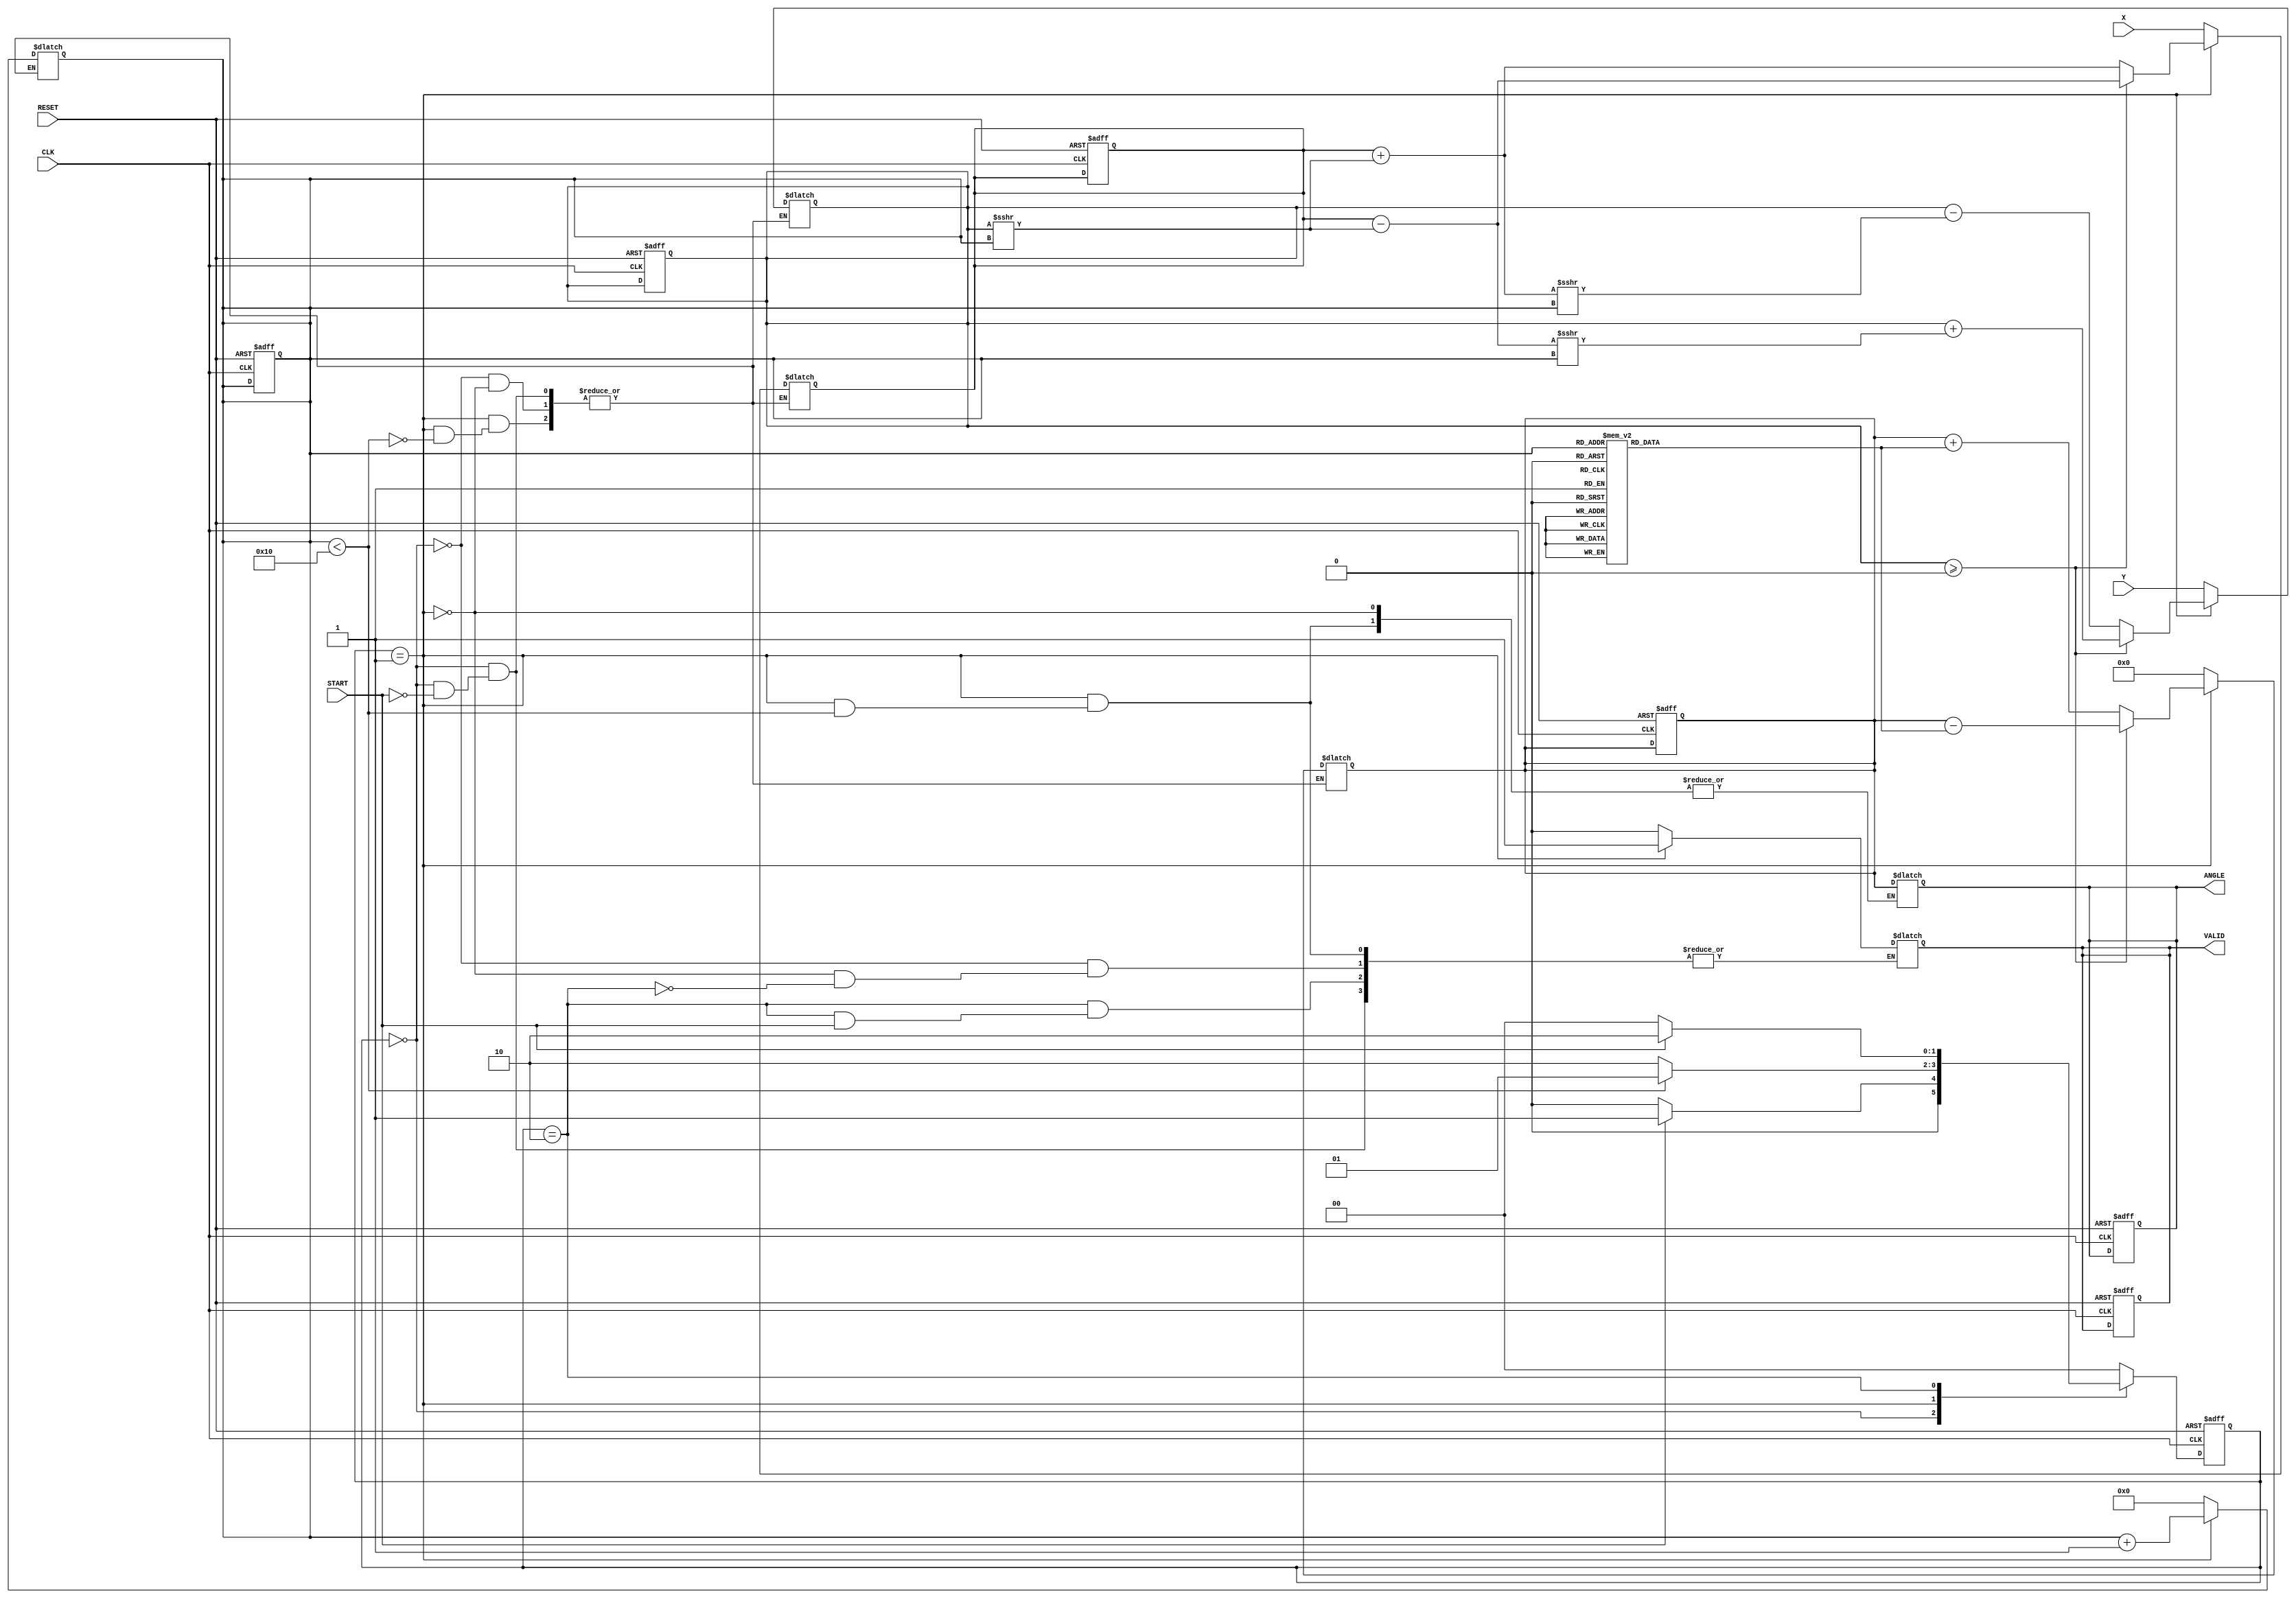
module vectoring_cordic (
    input signed [15:0] X,         // X coordinate input
    input signed [15:0] Y,         // Y coordinate input
    input CLK,                     // Clock signal
    input RESET,                   // Asynchronous reset
    input START,                   // Start signal
    output reg signed [15:0] ANGLE, // Computed angle output
    output reg VALID               // Valid output
);

    // Internal parameters
    parameter NUM_ITERATIONS = 16; // Number of iterations
    parameter FIXED_POINT_SCALE = 16; // Scale for fixed-point representation

    // Internal signals
    reg signed [15:0] X_reg, Y_reg;
    reg signed [15:0] Z; // Angle accumulator
    reg [3:0] iter;      // Iteration counter
    reg [1:0] state;     // State machine
    reg [1:0] next_state; // Next state for FSM

    // Precomputed arctan values
    reg signed [15:0] atan_table [0:NUM_ITERATIONS-1];
    
    initial begin
        // Initialize the arctan values (in fixed-point format)
        atan_table[0] = 16'h2000; // atan(1) = /4
        atan_table[1] = 16'h1333; // atan(0.5)
        atan_table[2] = 16'h0A3D; // atan(0.25)
        atan_table[3] = 16'h0519; // atan(0.125)
        atan_table[4] = 16'h028B; // atan(0.0625)
        atan_table[5] = 16'h0143; // atan(0.03125)
        // More values can be added for finer precision
        // ...
    end

    // State Machine Definitions
    localparam IDLE = 2'b00;
    localparam COMPUTE = 2'b01;
    localparam DONE = 2'b10;

    // State Machine
    always @(posedge CLK or posedge RESET) begin
        if (RESET) begin
            state <= IDLE;
            iter <= 0;
            X_reg <= 0;
            Y_reg <= 0;
            Z <= 0;
            VALID <= 0;
            ANGLE <= 0;
        end else begin
            state <= next_state;
        end
    end

    // Next state and output logic
    always @(*) begin
        case (state)
            IDLE: begin
                if (START) begin
                    X_reg = X;
                    Y_reg = Y;
                    Z = 0;
                    iter = 0;
                    VALID = 0;
                    next_state = COMPUTE;
                end else begin
                    next_state = IDLE;
                end
            end

            COMPUTE: begin
                if (iter < NUM_ITERATIONS) begin
                    if (Y_reg >= 0) begin
                        // Clockwise rotation
                        X_reg = X_reg - (Y_reg >>> iter);
                        Y_reg = Y_reg + (X_reg >>> iter);
                        Z = Z - atan_table[iter];
                    end else begin
                        // Counter-clockwise rotation
                        X_reg = X_reg + (Y_reg >>> iter);
                        Y_reg = Y_reg - (X_reg >>> iter);
                        Z = Z + atan_table[iter];
                    end
                    iter = iter + 1;
                    next_state = COMPUTE;
                end else begin
                    ANGLE = Z;  // Assign final angle
                    VALID = 1;  // Indicate completion
                    next_state = DONE;
                end
            end

            DONE: begin
                if (!START) begin
                    VALID = 0;  // Clear valid when not starting
                    next_state = IDLE;
                end else begin
                    next_state = DONE; // Remain in done state
                end
            end

            default: next_state = IDLE; // Default case
        endcase
    end

endmodule